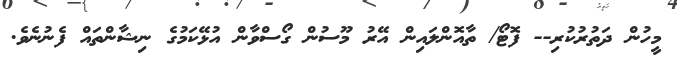
މީހުން ދަތުރުކުރި-- ފޮޓޯ/ ތާއޮންލައިން އޭރު މޫސުން ގޯސްވާން އުޅޭކަމުގެ ނިޝާންތައް ފެނުނެވެ.